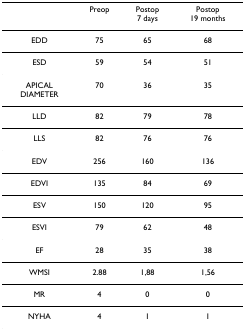
<table><thead><tr><td></td><td><b>Preop</b></td><td><b>Postop7 days</b></td><td><b>Postop19 months</b></td></tr></thead><tbody><tr><td>EDD</td><td>75</td><td>65</td><td>68</td></tr><tr><td>ESD</td><td>59</td><td>54</td><td>51</td></tr><tr><td>APICALDIAMETER</td><td>70</td><td>36</td><td>35</td></tr><tr><td>LLD</td><td>82</td><td>79</td><td>78</td></tr><tr><td>LLS</td><td>82</td><td>76</td><td>76</td></tr><tr><td>EDV</td><td>256</td><td>160</td><td>136</td></tr><tr><td>EDVI</td><td>135</td><td>84</td><td>69</td></tr><tr><td>ESV</td><td>150</td><td>120</td><td>95</td></tr><tr><td>ESVI</td><td>79</td><td>62</td><td>48</td></tr><tr><td>EF</td><td>28</td><td>35</td><td>38</td></tr><tr><td>WMSI</td><td>2.88</td><td>1,88</td><td>1,56</td></tr><tr><td>MR</td><td>4</td><td>0</td><td>0</td></tr><tr><td>NYHA</td><td>4</td><td>1</td><td>1</td></tr></tbody></table>